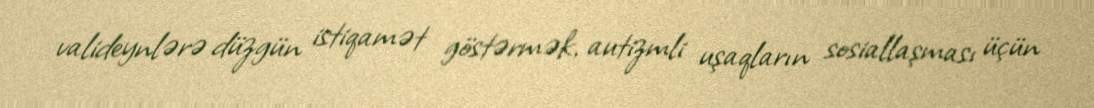
valideynlərə düzgün istiqamət göstərmək, autizmli uşaqların sosiallaşması üçün